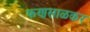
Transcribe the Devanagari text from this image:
फणसाळकर